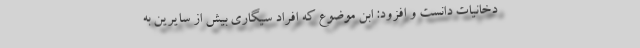
دخانیات دانست و افزود: ابن موضوع که افراد سیگاری بیش از سایرین به